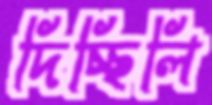
দিচ্ছিলি